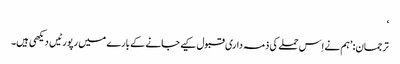
‘
ترجمان: ’ہم نے اِس حملے کی ذمہ داری قبول کیے جانے کے بارے میں رپورٹیں دیکھی ہیں۔